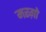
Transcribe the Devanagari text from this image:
मरग़ो